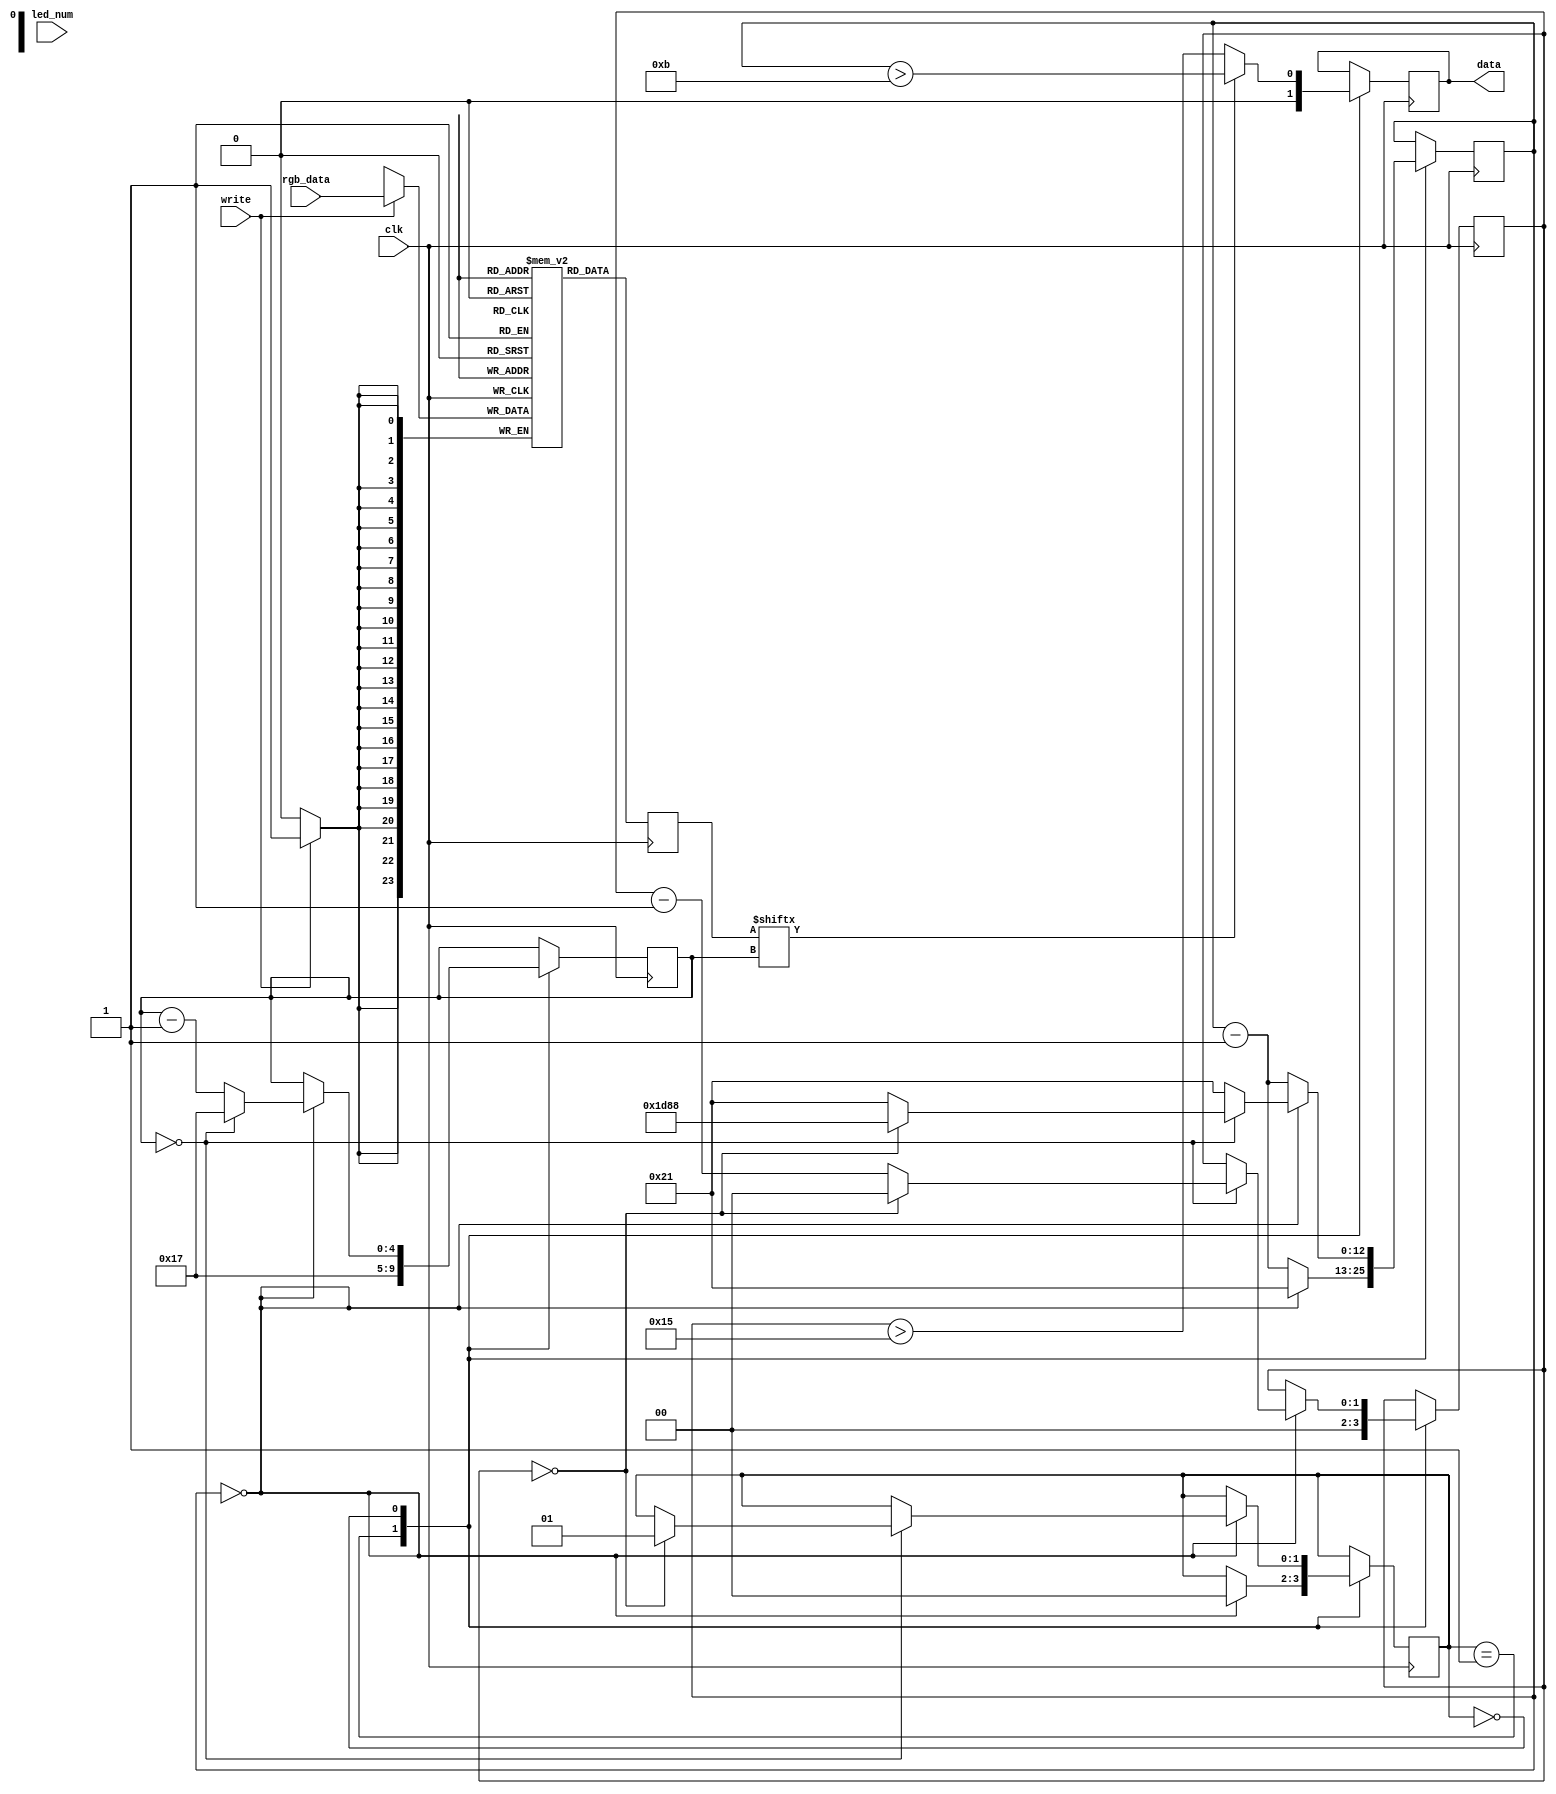

// https://github.com/mattvenn/ws2812-core

module ws2812 (
        input wire [23:0] rgb_data,
        input wire [7:0] led_num,
        input wire write,
        input wire clk,
        output reg data = 0
    );
    parameter CLK_MHZ = 27;
    parameter NUM_LEDS = 1;
    parameter t_on = (CLK_MHZ*850/1000);
    parameter t_off = (CLK_MHZ*450/1000);
    parameter t_reset = (CLK_MHZ*280);

    localparam t_period = (CLK_MHZ*1250/1000);
    localparam LED_BITS = $clog2(NUM_LEDS);
    localparam COUNT_BITS = $clog2(t_reset);
    localparam STATE_DATA  = 0;
    localparam STATE_RESET = 1;

    reg [23:0] led_reg [NUM_LEDS-1:0];
    reg [LED_BITS-1:0] led_counter = NUM_LEDS - 1;
    reg [COUNT_BITS-1:0] bit_counter = 0;
    reg [4:0] rgb_counter = 23;
    reg [1:0] state;
    reg [23:0] led_color;

    always @(posedge clk) begin
        if(write)
            led_reg[led_num] <= rgb_data;
        led_color <= led_reg[led_counter];
    end

    always @(posedge clk)
    case(state)

        STATE_RESET: begin
            rgb_counter <= 5'd23;
            led_counter <= NUM_LEDS - 1;
            data <= 0;

            bit_counter <= bit_counter - 1;

            if(bit_counter == 0) begin
                state <= STATE_DATA;
                bit_counter <= t_period;
            end
        end

        STATE_DATA: begin
            if(led_color[rgb_counter])
                data <= bit_counter > (t_period - t_on);
            else
                data <= bit_counter > (t_period - t_off);
            bit_counter <= bit_counter - 1;
            if(bit_counter == 0) begin
                bit_counter <= t_period;
                rgb_counter <= rgb_counter - 1;

                if(rgb_counter == 0) begin
                    led_counter <= led_counter - 1;
                    bit_counter <= t_period;
                    rgb_counter <= 23;

                    if(led_counter == 0) begin
                        state <= STATE_RESET;
                        led_counter <= NUM_LEDS - 1;
                        bit_counter <= t_reset;
                    end
                end
            end
        end
    endcase
endmodule